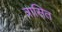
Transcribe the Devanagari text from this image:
त्रासित